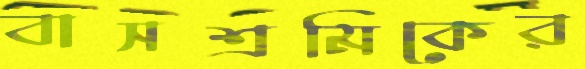
বাসশ্রমিকের